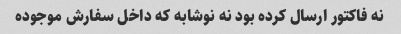
نه فاکتور ارسال کرده بود نه نوشابه که داخل سفارش موجوده